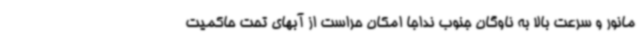
مانور و سرعت بالا به ناوگان جنوب نداجا امکان حراست از آبهای تحت حاکمیت